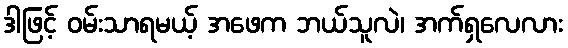
ဒါဖြင့် ဝမ်းသာရမယ့် အဖေက ဘယ်သူလဲ၊ အက်ရှလေလား